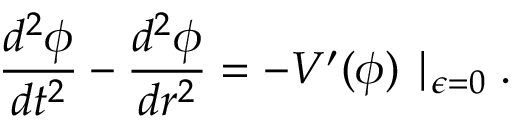
\frac { d ^ { 2 } \phi } { d t ^ { 2 } } - \frac { d ^ { 2 } \phi } { d r ^ { 2 } } = - V ^ { \prime } ( \phi ) \mid _ { \epsilon = 0 } .